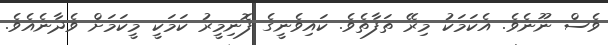
ވެސް ނޫނެވެ. އެކަމަކު މިރޭ ތަފާތެވެ. ކައިވެނީގެ ފޮނިމީރު ކަމަކީ މީކަމަށް ވެދާނެއެވެ.